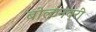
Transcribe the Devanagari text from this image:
बोल्टनबरी